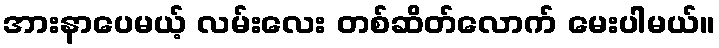
အားနာပေမယ့် လမ်းလေး တစ်ဆိတ်လောက် မေးပါမယ်။